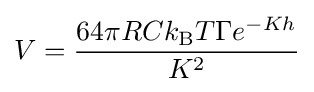
V={\frac {64\pi RCk_{\text{B}}T\Gamma e^{-Kh}}{K^{2}}}